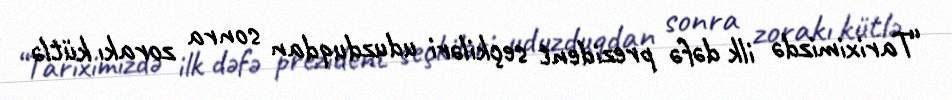
“Tariximizdə ilk dəfə prezident seçkiləri uduzduqdan sonra zorakı kütlə